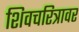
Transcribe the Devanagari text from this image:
शिवचरित्रावर